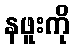
နဖူးကို